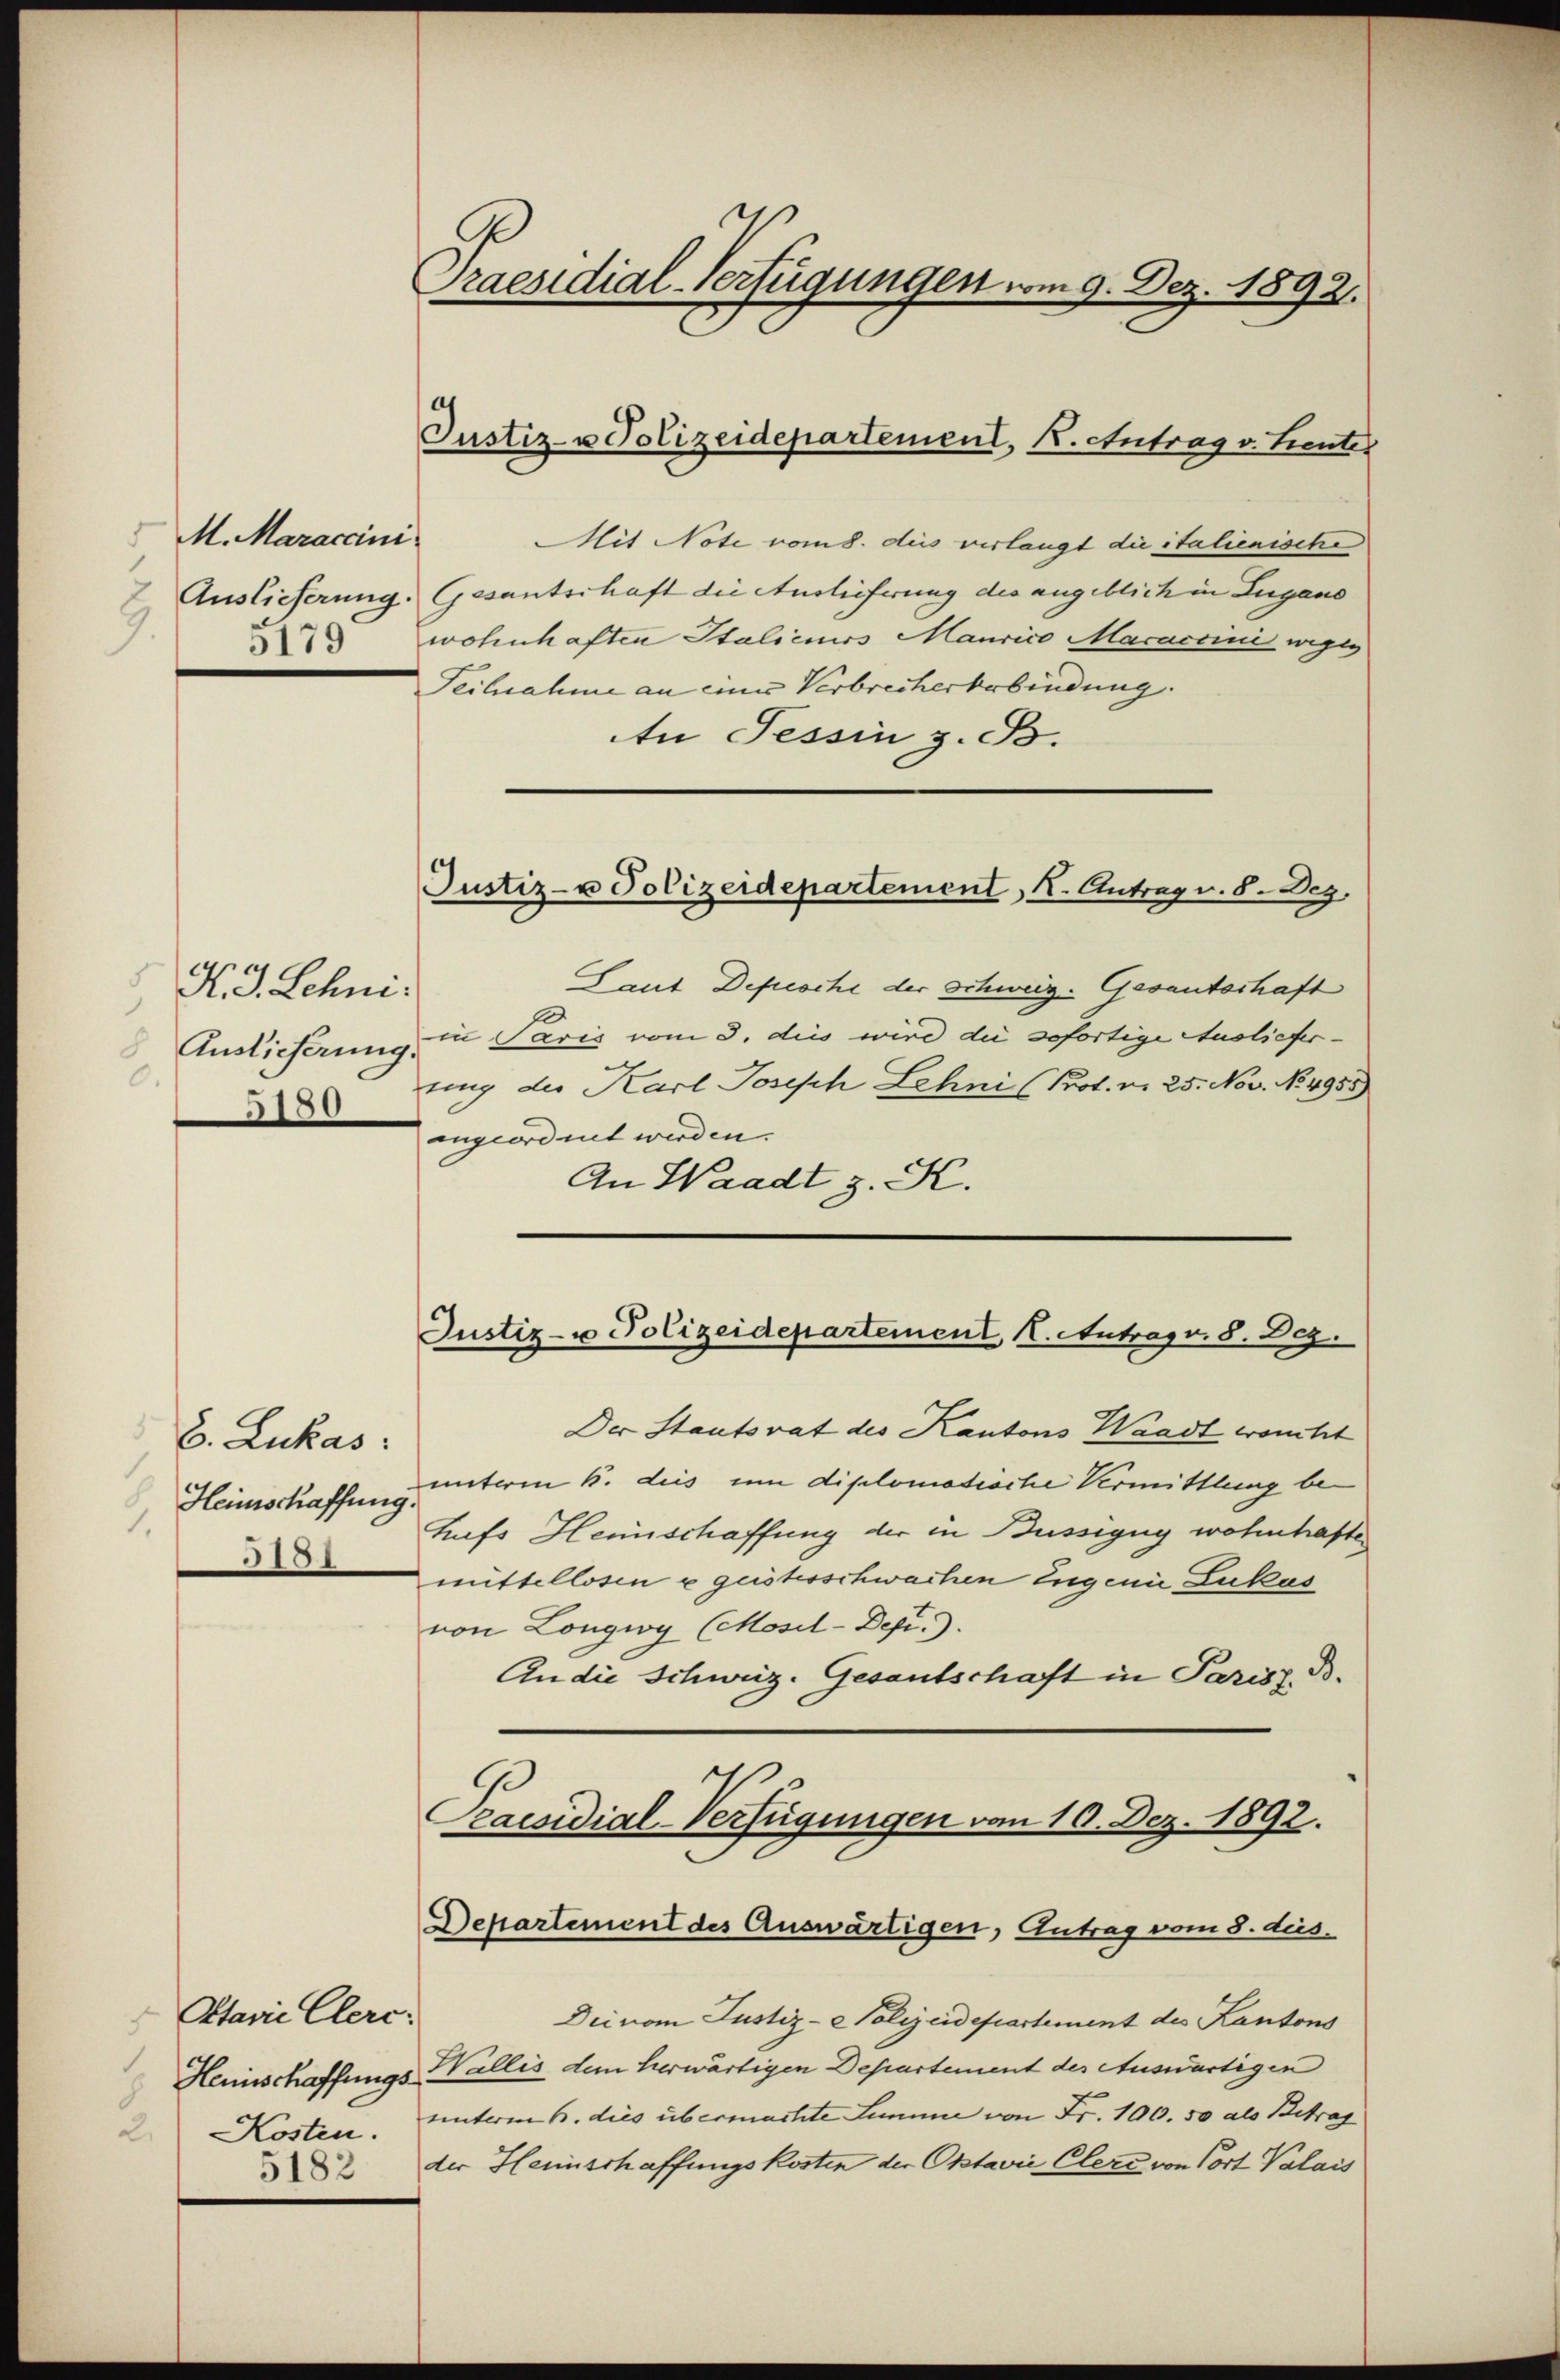
M. Maraccini
Auslieferung.
5179

N. J. Schni¬
 Auslieferung.
0.
5180

b. Lukas:
Heimschaffung
1.
18)

Otarii Clerc
Heunschaffungs
Kosten.
2.
5182

Praesidial-Verfügungen vom 9. Dez. 1892.

Justiz- & Polizeidepartement, K. Antrag v. Leutes

Justiz- u Polizeidepartement, K. Antrag v. 8. Dez.

Mit Note vom 8. dies verlangt die italienische
Gesantschaft die Auslieferung des angeblich in Lugano
wohnhaften Stalieniss Maurico Macaccini weges
Teilnahme an eines Verbrecherberbindung
n Tessin z. B.
Laut Depesche der Schweiz. Gesantschaft
in Paris vom 3. dies wird die sofortige Auslieferung der Karl Joseph Lehni (Prot. n. 25. Nov. No 4955).
angeordnet werden.
An Waadt z. K.
Justiz- u Polizeidepartement K. Antrag v. 8. Dez.
Der Staatsrat des Kantons Waadt wacht
unterm 6. des um diplomadische Vermittlung be-
hufs Heinschaffung der in Bussegug wohnhafte
mittellosen u geistesschwachen Eugenie Lukas
von Longwy (Mosil-Depi.).
An die Schweiz. Gesantschaft in Parisz, B.
Praesidial-Verfügungen vom 10. Dez. 1892.
Departement des Auswärtigen, Antrag vom 3. dus.
Die vom Justiz-Polizeidepartement des Kantons
Wallis dem herwärtigen Departement des Auswärtigen
unterm 6. dies übermachte Summe von Fr. 100. 50 als Betrag
der Heinschaffungskosten der Oktavii Clere von Cort Valais